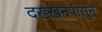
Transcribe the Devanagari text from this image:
दख्खनपासून